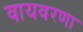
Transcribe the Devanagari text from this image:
वायवरणा